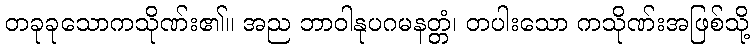
တခုခုသောကသိုဏ်း၏။ အည ဘာဝါနုပဂမနတ္တံ၊ တပါးသော ကသိုဏ်းအဖြစ်သို့